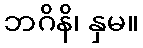
ဘဂိနိ၊ နှမ။